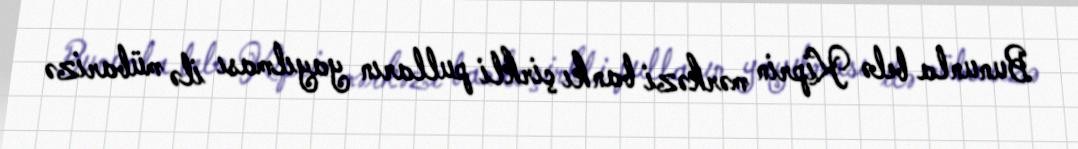
Bununla belə Kiprin mərkəzi bankı çirkli pulların yayılması ilə mübarizə